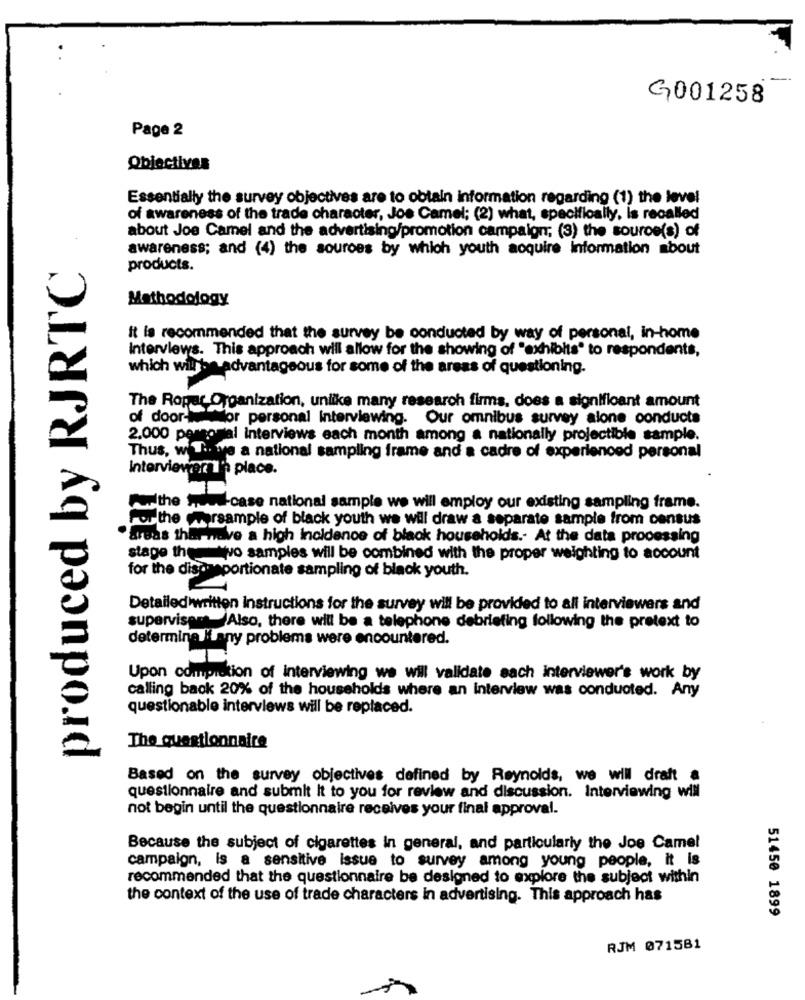
G001258
Page 2
Objectives
Essentially the survey objectives are to obtain information regarding (1) the level
of awareness of the trade character, Joe Camel; (2) what, specifically, is recalled
about Joe Camel and the advertising/promotion campaign; (3) the source(s) of
awareness; and (4) the sources by which youth acquire information about
produced by RJRTC
products.
Methodology
It is recommended that the survey be conducted by way of personal, in-home
Interviews. This approach will allow for the showing of "exhibits" to respondents,
which will be advantageous for some of the areas of questioning.
The Ropar Organization, unlike many research firms, does a significant amount
of door- or personal Interviewing. Our omnibus survey alone conducts
2.000 pem
tal interviews each month among a nationally projectible sample.
Thus, w' T .. we a national sampling frame and a cadre of experienced personal
InterviewerIn place.
Forthe Head-case national sample we will employ our existing sampling frame.
For the worsample of black youth we will draw a separate sample from census
arBas their nove a high Incidence of black households .- At the data processing
stage the= = wvo samples will be combined with the proper weighting to account
for the disc aportionate sampling of black youth.
Detailed written instructions for the survey will be provided to all interviewers and
superviser Also, there will be a telephone debriefing following the pretext to
determine il any problems were encountered.
Upon completion of interviewing we will validate sach interviewer's work by
calling back 20% of the households where an interview was conducted. Any
questionable interviews will be replaced.
The questionnaire
Based on the survey objectives defined by Reynolds, we will draft a
questionnaire and submit it to you for review and discussion. Interviewing will
not begin until the questionnaire receives your final approval.
Because the subject of cigarettes In general, and particularly the Joe Camel
campaign, is a sensitive issue to survey among young people, it is
recommended that the questionnaire be designed to explore the subject within
the context of the use of trade characters in advertising. This approach has
51450 1899
RJM 071581